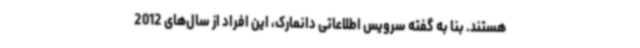
هستند. بنا به گفته سرویس اطلاعاتی دانمارک، این افراد از سال‌های 2012